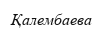
Қалембаева